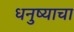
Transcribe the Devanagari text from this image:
धनुष्याचा